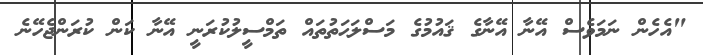
"އެހެން ނަމަވެސް އޭނާ އޭނާގެ ޤައުމުގެ މަސްލަޙަތުތައް ތަމްސީލުކުރަނީ އޭނާ ކަން ކުރަންޖެހޭނެ